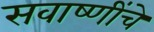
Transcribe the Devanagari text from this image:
सवाष्णींचे